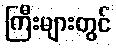
ကြီးများတွင်